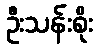
ဦးသန်းစိုး